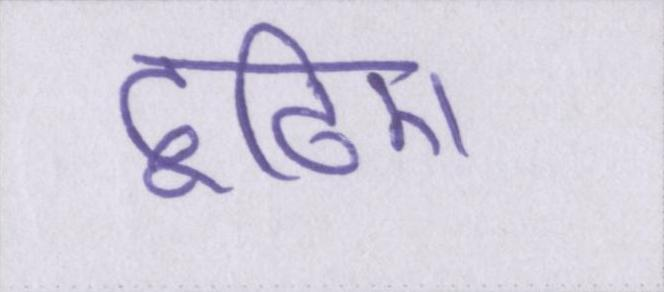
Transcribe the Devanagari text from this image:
ढूंढिए